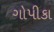
ગોપીકા